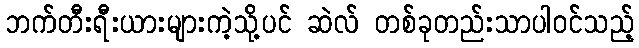
ဘက်တီးရီးယားများကဲ့သို့ပင် ဆဲလ် တစ်ခုတည်းသာပါဝင်သည့်